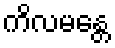
ကိလမန္တေ